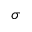
\sigma